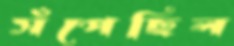
সঁপেছিল